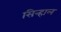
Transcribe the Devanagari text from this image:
सिन्हाल